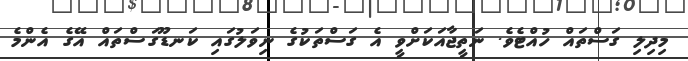
މިދިލި ގަސްތައް ހުއްޓެވެ. ނަތީޖާއަކަށްވީ އެ ގަސްތަކުގެ ނިވަލުގައި ކަނޑޫގަސްތައް އޭގެ އެންމެ